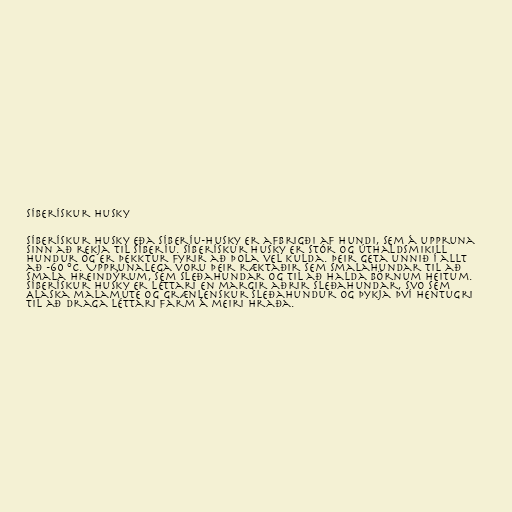
Síberískur husky

Síberískur husky eða Síberíu-husky er afbrigði af hundi, sem á uppruna
sinn að rekja til Síberíu. Síberískur husky er stór og úthaldsmikill
hundur og er þekktur fyrir að þola vel kulda. Þeir geta unnið í allt
að -60 °C. Upprunalega voru þeir ræktaðir sem smalahundar til að
smala hreindýrum, sem sleðahundar og til að halda börnum heitum.
Síberískur husky er léttari en margir aðrir sleðahundar, svo sem
Alaska malamute og grænlenskur sleðahundur og þykja því hentugri
til að draga léttari farm á meiri hraða.